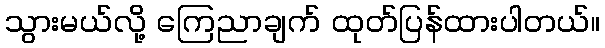
သွားမယ်လို့ ကြေညာချက် ထုတ်ပြန်ထားပါတယ်။